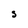
Character: S